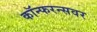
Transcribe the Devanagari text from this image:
कॉन्फरन्सवर